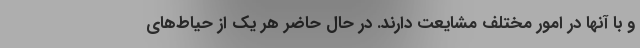
و با آنها در امور مختلف مشایعت دارند. در حال حاضر هر یک از حیاط‌های